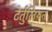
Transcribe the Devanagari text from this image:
टेर्तुलियन